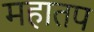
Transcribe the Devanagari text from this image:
महातप